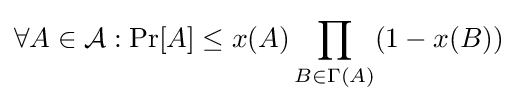
\forall A\in {\mathcal {A}}:\Pr[A]\leq x(A)\prod _{B\in \Gamma (A)}(1-x(B))